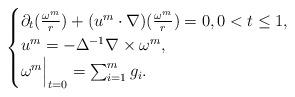
LaTeX: \begin{align*}\begin{cases}\partial_t ( \frac{\omega^m} r ) + (u^m \cdot \nabla) ( \frac{\omega^m} r ) =0, 0<t\le 1,\\u^m = -\Delta^{-1} \nabla \times \omega^m,\\\omega^m \Bigr|_{t=0} = \sum_{i=1}^m g_i.\end{cases}\end{align*}